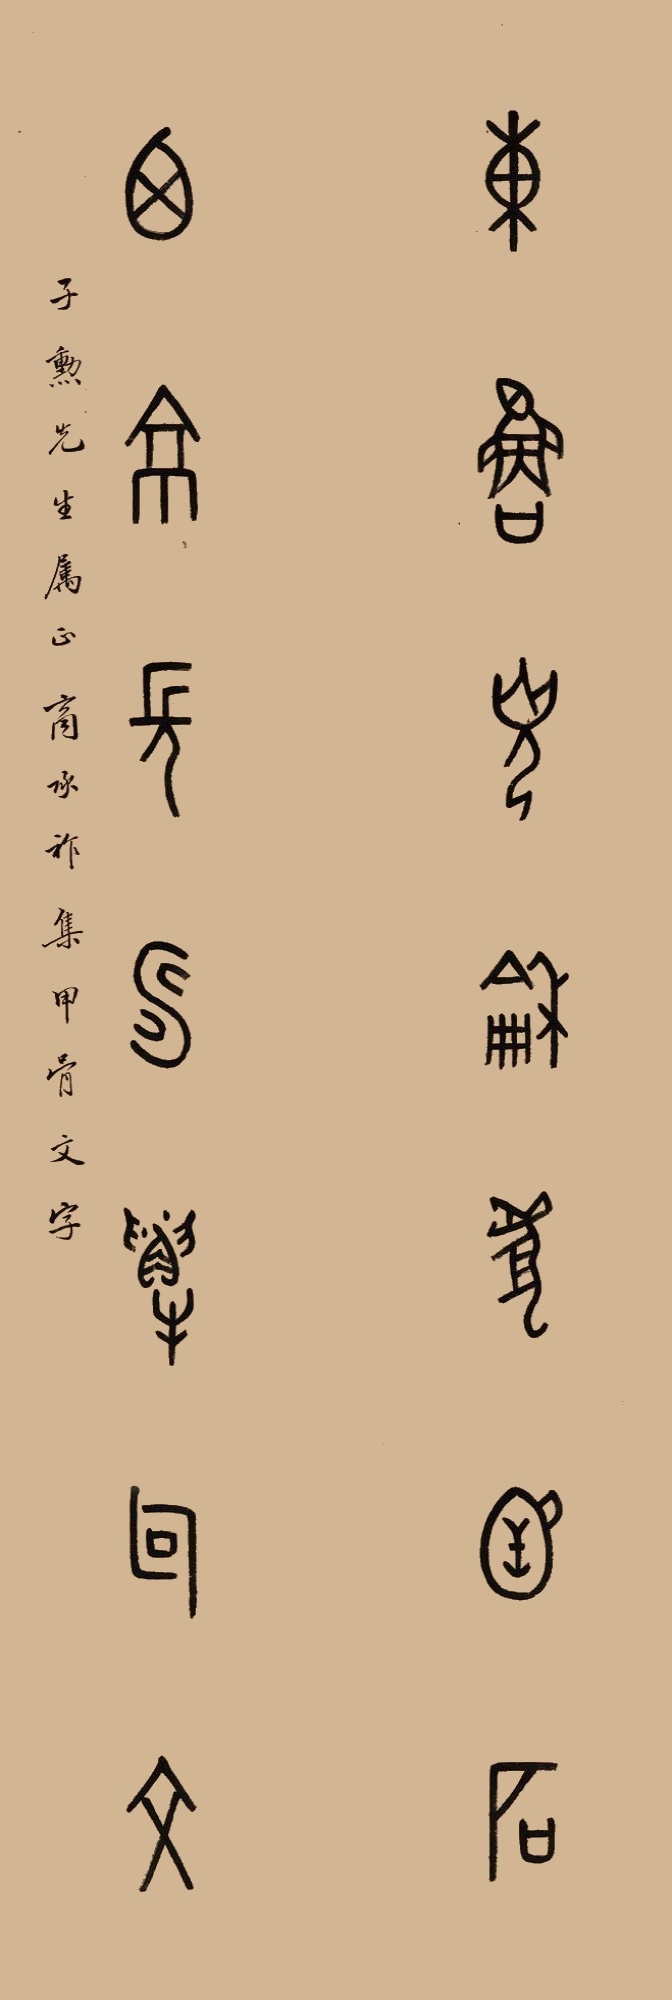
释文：东鲁光龢为函石，西京长寿解句文。子勋先生属正，商承祚集甲骨文字。